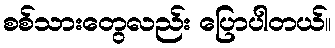
စစ်သားတွေလည်း ပြောပါတယ်။